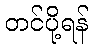
တင်ပို့ရန်